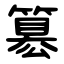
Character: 簒